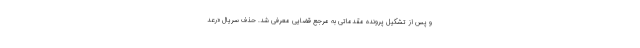
و پس از تشکیل پرونده مقدماتی به مرجع قضایی معرفی شد. حذف سریال «رعد